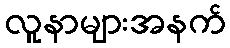
လူနာများအနက်